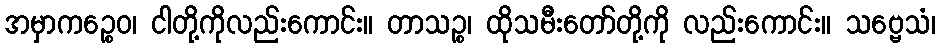
အမှာကဉ္စေဝ၊ ငါတို့ကိုလည်းကောင်း။ တာသဉ္စ၊ ထိုသမီးတော်တို့ကို လည်းကောင်း။ သဗ္ဗေသံ၊